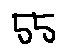
5 5